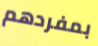
بمفردهم